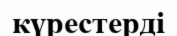
күрестерді